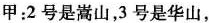
甲：2号是嵩山，3号是华山，